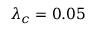
\lambda _ { c } = 0 . 0 5